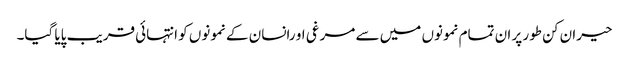
حیران کن طور پر ان تمام نمونوں میں سے مرغی او رانسان کے نمونوں کو انتہائی قریب پایا گیا۔